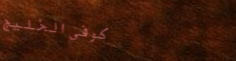
كوفي الخليج